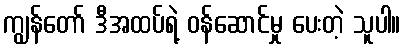
ကျွန်တော် ဒီအထပ်ရဲ့ ဝန်ဆောင်မှု ပေးတဲ့ သူပါ။